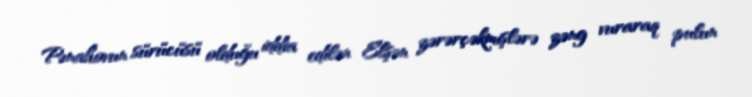
Pənahovun sürücüsü olduğu iddia edilən Elşən zərərçəkmişlərə zəng vuraraq pulun